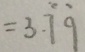
= 3 . \dot { 7 } \dot { 9 }